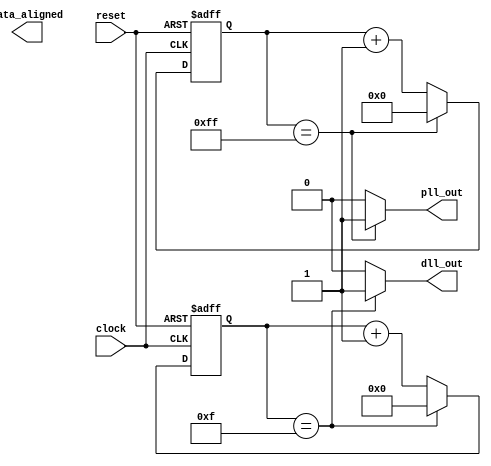
module timing_control_and_sync(
    input wire clock,
    input wire reset,
    output wire pll_out,
    output wire dll_out,
    output wire data_aligned
);

// Clock generation circuit
reg [7:0] count;
always @(posedge clock or posedge reset) begin
    if (reset) begin
        count <= 8'b00000000;
    end else begin
        if (count == 8'b11111111) begin
            count <= 8'b00000000;
        end else begin
            count <= count + 1;
        end
    end
end

assign pll_out = (count == 8'b11111111) ? 1 : 0;

// Phase-locked loop (PLL)
reg [3:0] pll_count;
always @(posedge clock or posedge reset) begin
    if (reset) begin
        pll_count <= 4'b0000;
    end else begin
        if (pll_count == 4'b1111) begin
            pll_count <= 4'b0000;
        end else begin
            pll_count <= pll_count + 1;
        end
    end
end

assign dll_out = (pll_count == 4'b1111) ? 1 : 0;

// Delay-locked loop (DLL) - Placeholder for DLL functionality

// Data alignment and buffering - Placeholder for data alignment logic

endmodule